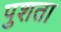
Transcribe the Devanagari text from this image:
पुशता